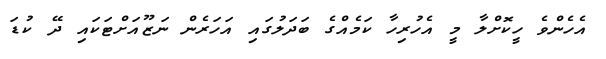
އެހެންވެ ހީކޮށްލާ މީ އެހުރިހާ ކަމެއްގެ ބަދަލުގައި އަހަރެން ނަޒޫއަށްޓަކައި ދޭ ކުޑަ